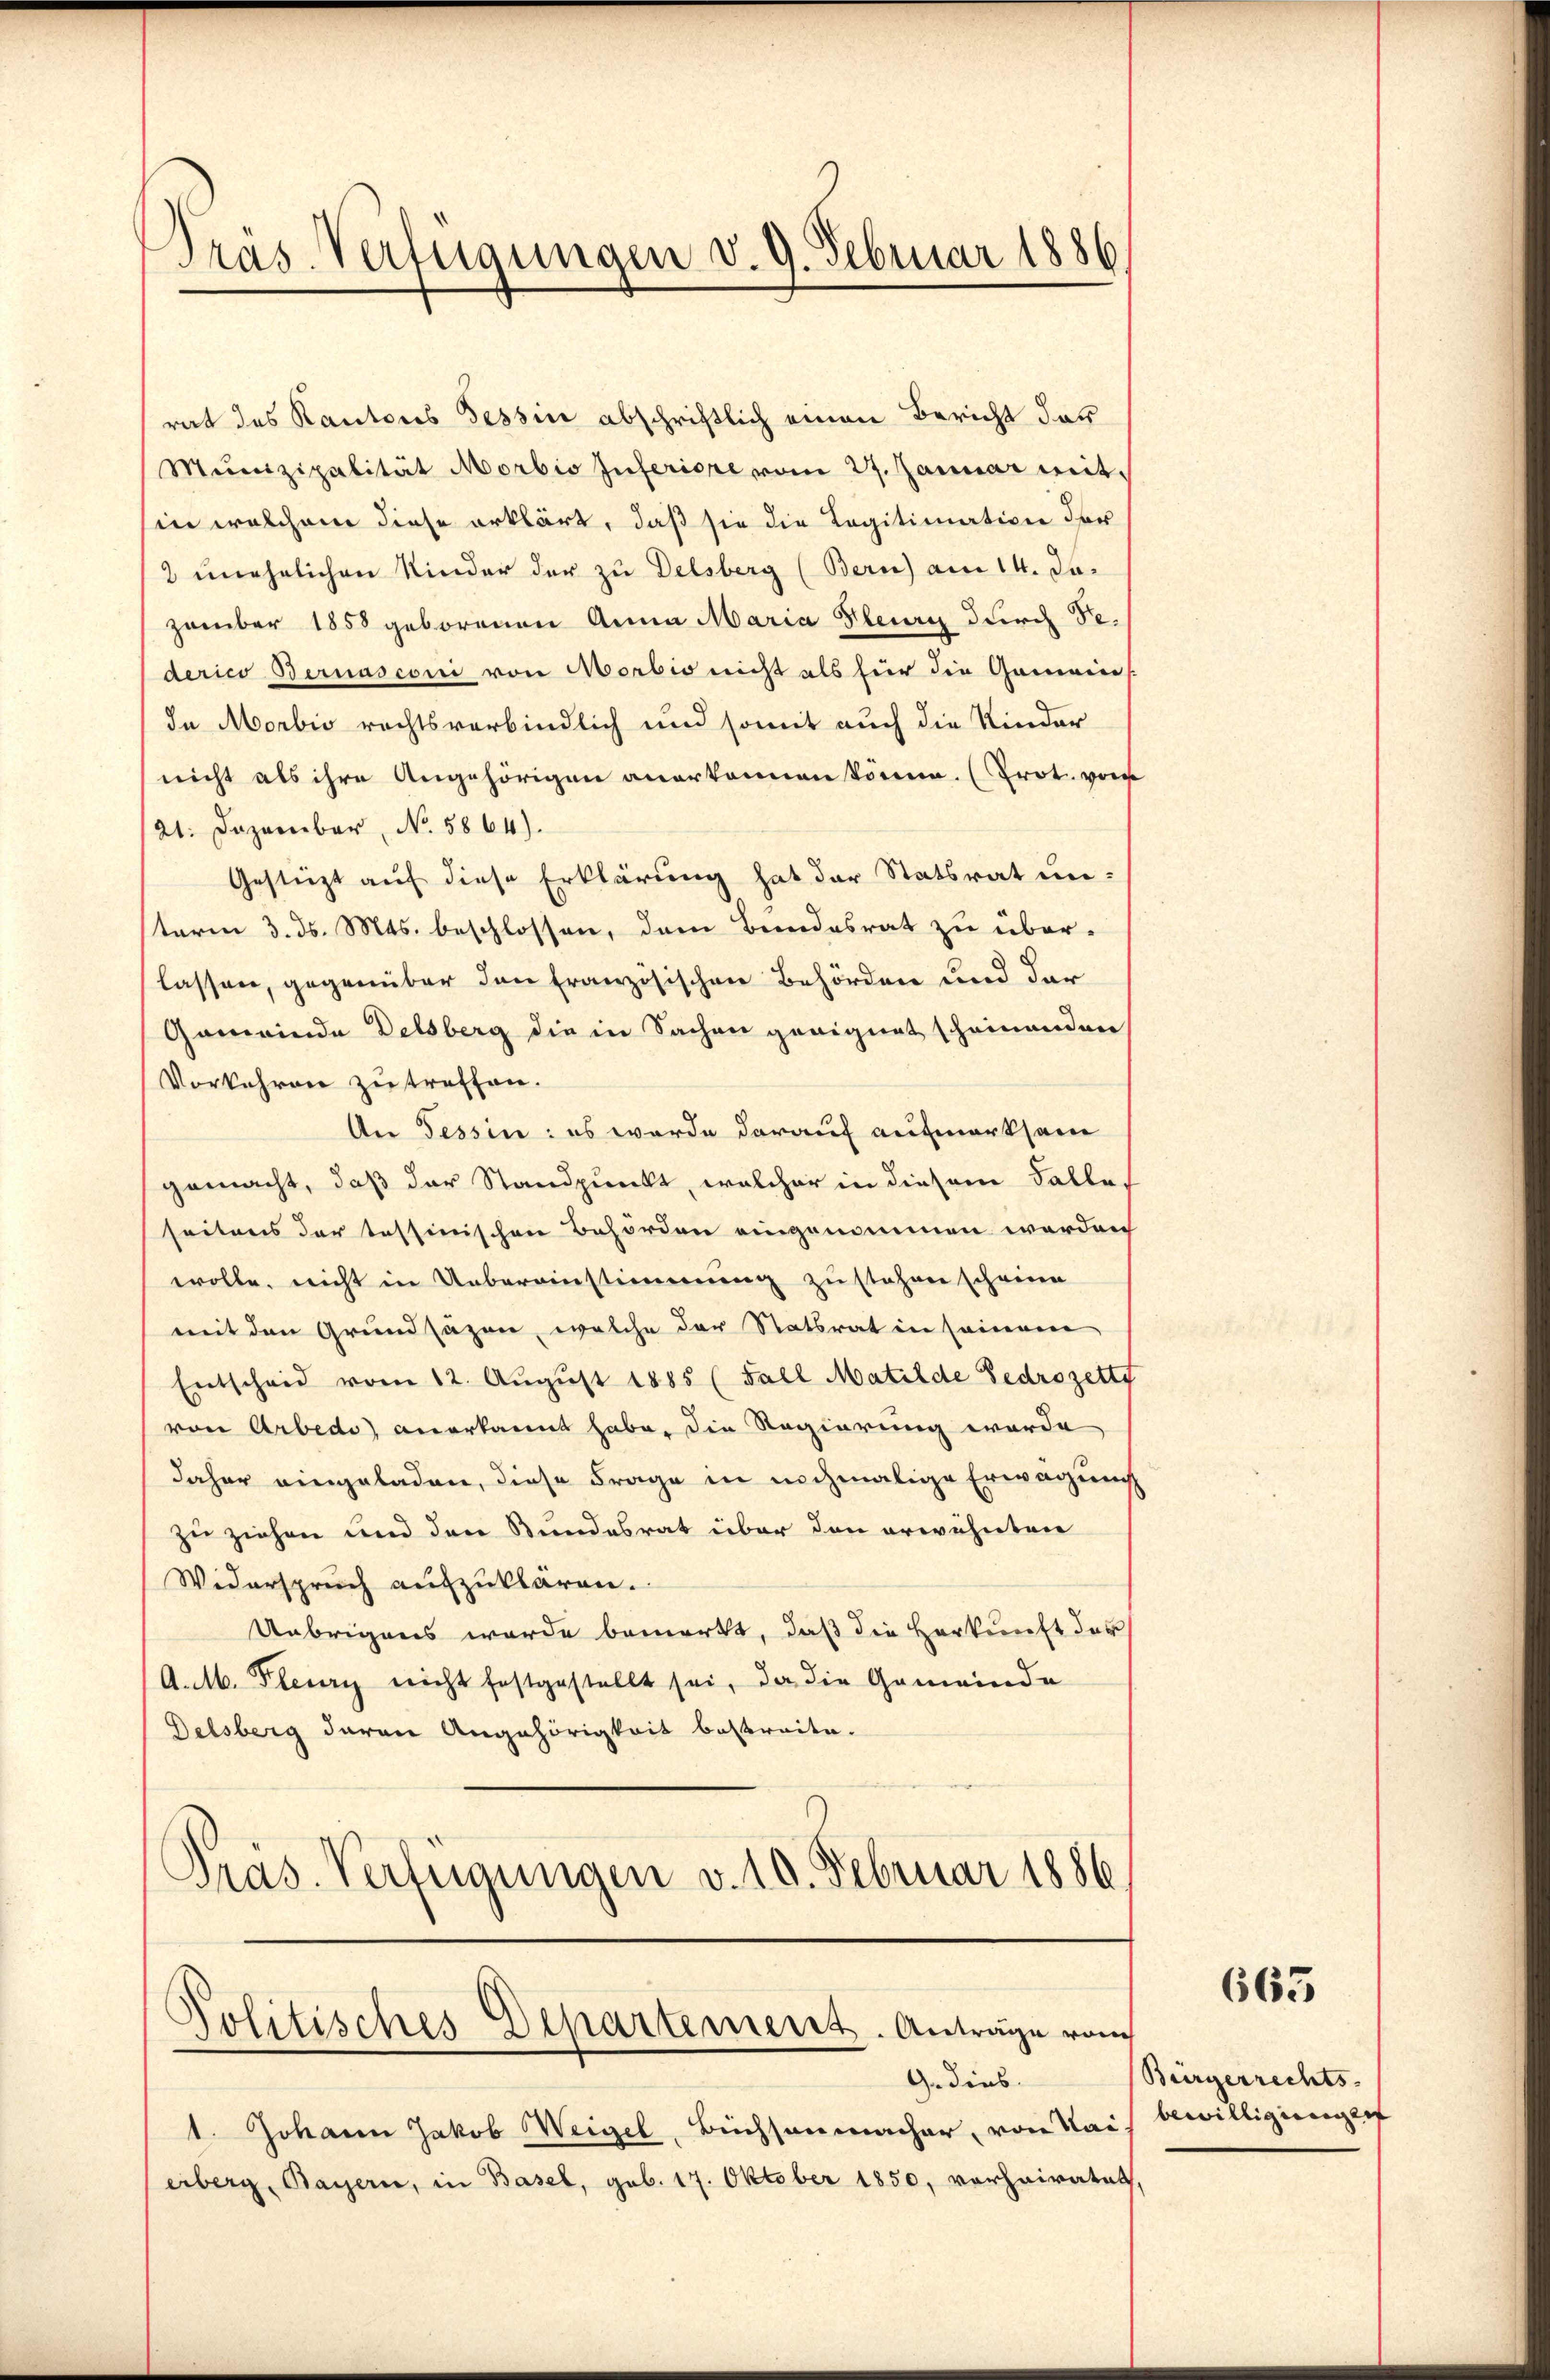
Präs. Verfügungen v. 9. Februar 1886

rat des Kantons Tessin abschriftlich einen Bericht der
Munizipalität Morbis Inferiore vom 27. Januar mit
in welchem diese erklärt, daß sie die Legitimation der
2 unehelichen Kinder der zu Delsberg (Bern) am 14. Jazember 1858 geborenen Anna Maria Pleurs durch Se.
derico Bernasconi von Morbio nicht als für die Gemeins
In Morbio rechtsverbindlich und somit auch die Kinder
nicht als ihre Angehörigen anerkennen könne. (Prot. von
121. Dezember, No. 5864).
Gestüzt auf diese Erklärung hat der Statsrat un-
sterm 3. d. Mts. beschlossen, dem Bundesrat zu überlassen, gegenüber den Französischen Behörden und der
Gemeinde Delsberg die in Sachen geeignet scheinenden
Vorkehren zu treffen.
An Tessin: es werde darauf aufmerksam
gemacht, daß der Standpunkt, welcher in diesem Falle,
seitens der tessinischen Behörden eingenommen worden
wolle, nicht in Uebereinstimmung zu stehen scheine
mit den Grundsäzen, welche der Statsrat in seinem
Entscheid vom 12. August 1885 (Fall Matilde Bedrozett
von Arbedo anerkannt habe, die Regierung worde
daher eingeladen, diese Frage in nochmalige Erwägung
zu ziehen und den Bundesrat über den erwähnten
Widerspruch aufzuklären.
Übrigens wurde bemerkt, daß die Herkunft der
A.M. Flecery nicht festgestellt sei, da die Gemeinde
Delsberg daran Angehörigkeit bestreite.
Pras. Verfügungen v. 10. Februar 1886

Politisches Departement. Antrage vom

1. Johann Jakob Weigel, Büchsenmacher, von Rais bewilligungen
erberg, Bayern, in Basel, geb. 17. Oktober 1850, vorhairatet,

G. dies

663

Bürgerrechts-